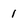
Character: 1